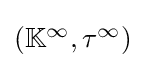
\textstyle \left(\mathbb {K} ^{\infty },\tau ^{\infty }\right)